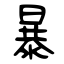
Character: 暴